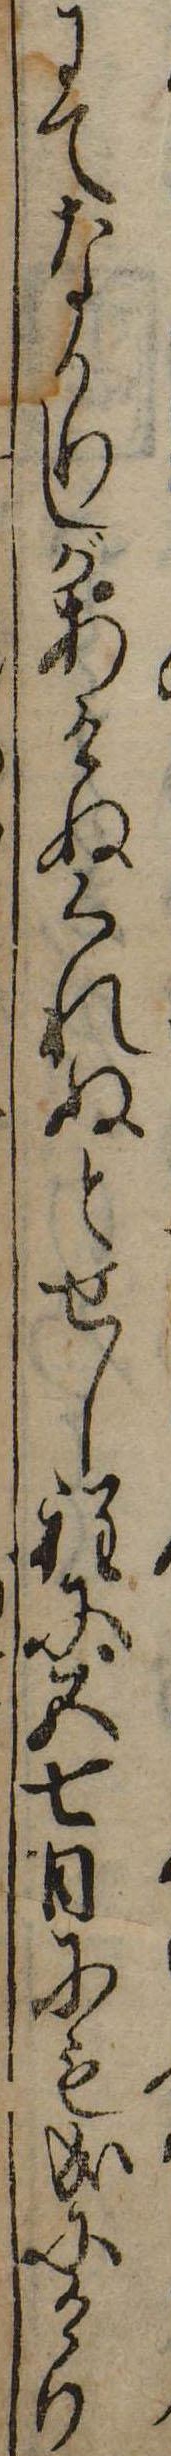
にてなかりしがあけぬくれぬとせし程に五七日にも成にけり